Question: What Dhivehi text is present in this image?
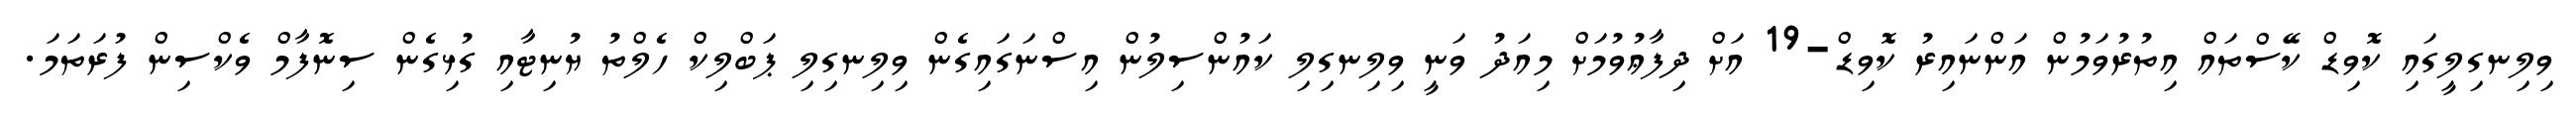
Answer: ވިލިނގިލީގައި ކޮވިޑް ކޭސްތައް އިތުރުވަމުން އަންނައިރު ކޮވިޑް-19 އަށް ދިފާޢުވުމަށް މިއަދު ވަނީ ވިލިނގިލި ކައުންސިލުން އިސްނަގައިގެން ވިލިނގިލި ޕަބްލިކް ހެލްތު ޔުނިޓާއި ގުޅިގެން ސިނޮފާމް ވެކްސިން ފުރަތަމަ.